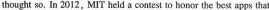
thought so. In 2012, MIT held a contest to honor the best apps that